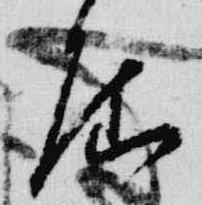
屈